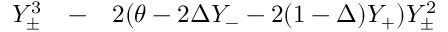
\begin{array} { r l r } { Y _ { \pm } ^ { 3 } } & { { } - } & { 2 ( \theta - 2 \Delta Y _ { - } - 2 ( 1 - \Delta ) Y _ { + } ) Y _ { \pm } ^ { 2 } } \end{array}